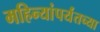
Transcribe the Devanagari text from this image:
महिन्यांपर्यंतच्या